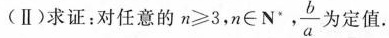
(Ⅱ)求证：对任意的$$n ≥ 3$$，$$n \in N^{*}$$,\frac{b}{a}为定值.